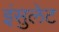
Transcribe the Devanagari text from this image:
इंसुलेट